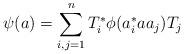
LaTeX: \begin{align*} \psi(a) = \sum_{i,j=1}^n T_i^\ast \phi(a_i^\ast a a_j)T_j \end{align*}